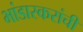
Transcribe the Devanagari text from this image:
भांडारकरांची